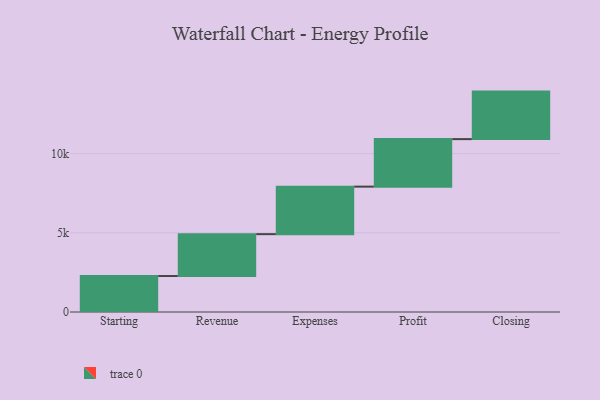
{"axis": {"x": "Step", "y": "Value"}, "legend": [""], "data": [{"x": "Starting", "y": 2271.0, "type": ""}, {"x": "Revenue", "y": 2644.0, "type": ""}, {"x": "Expenses", "y": 3000, "type": ""}, {"x": "Profit", "y": 3000, "type": ""}, {"x": "Closing", "y": 3000, "type": ""}]}